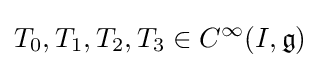
T_{0},T_{1},T_{2},T_{3}\in C^{\infty }(I,{\mathfrak {g}})